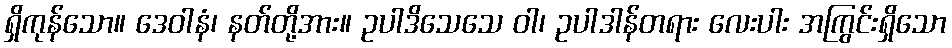
ရှိကုန်သော။ ဒေဝါနံ၊ နတ်တို့အား။ ဥပါဒိသေသေ ဝါ၊ ဥပါဒါန်တရား လေးပါး အကြွင်းရှိသော